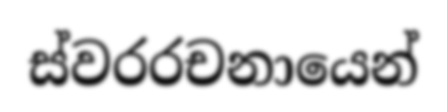
ස්වරරචනායෙන්